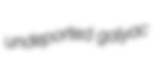
undeported galyac